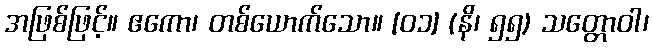
အဖြစ်ဖြင့်။ ဧကော၊ တစ်ယောက်သော။ [၀၁] (နိ၊ ၅၅) သတ္တောဝါ၊